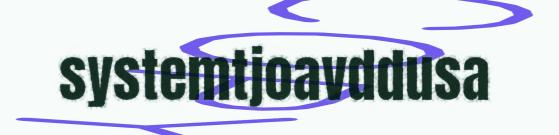
systemtjoavddusa